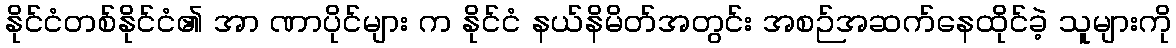
နိုင်ငံတစ်နိုင်ငံ၏ အာ ဏာပိုင်များ က နိုင်ငံ နယ်နိမိတ်အတွင်း အစဉ်အဆက်နေထိုင်ခဲ့ သူများကို